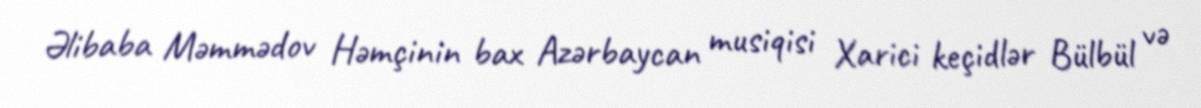
Əlibaba Məmmədov Həmçinin bax Azərbaycan musiqisi Xarici keçidlər Bülbül və